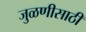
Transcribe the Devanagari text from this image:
जुळणीसाठी